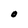
Character: O